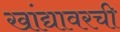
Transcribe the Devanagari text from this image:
खांद्यावरची